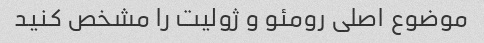
موضوع اصلی رومئو و ژولیت را مشخص کنید